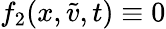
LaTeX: f_{2}(x,\tilde{v},t)\equiv 0